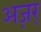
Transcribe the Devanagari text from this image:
अज़र्